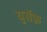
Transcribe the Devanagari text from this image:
युसॅफ़